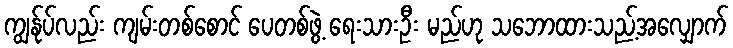
ကျွန်ုပ်လည်း ကျမ်းတစ်စောင် ပေတစ်ဖွဲ့ ရေးသားဦး မည်ဟု သဘောထားသည့်အလျှောက်